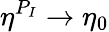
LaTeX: \eta^{P_{I}}\to\eta_{0}